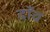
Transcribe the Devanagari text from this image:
दॉंव